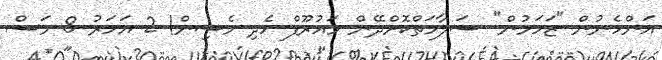
އަންހެނުން "ޒަހަމުން" ސަލާމަތްކޮށްދޭން މައުރޫފް ހެދި މެޝިން! 2 އަހަރު 8 މަސް